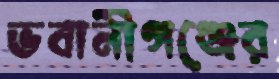
ভবানীগঞ্জের